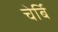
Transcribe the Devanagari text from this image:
चेर्बि